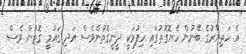
އެ ހަތިޔާރުގެ ބޭނުން ހެޔޮގޮތުގައި ހިފުމަކީ ދީނީގޮތުންވެސް އަދި ޤައުމީ ގޮތުން ވެސް